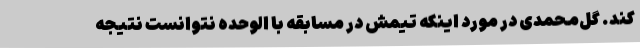
کند. گل‌محمدی در مورد اینکه تیمش در مسابقه با الوحده نتوانست نتیجه